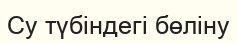
Су түбіндегі бөліну